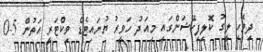
ދިވެހި ލީގު ކޮލިފިކޭޝަންގައި މިއަދު ހަވީރު ޔުނައިޓެޑް ވިކްޓަރީ އަތުން 5-0